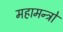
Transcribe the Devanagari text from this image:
महामन्त्रो